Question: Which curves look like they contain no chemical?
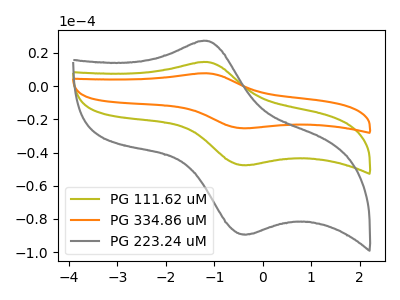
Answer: <think>The olive curve "PG 111.62 uM" has an anodic peak at (-1.15V, 14.55uA) and a cathodic peak at (-0.30V, -47.55uA). The orange curve "PG 334.86 uM" has an anodic peak at (-1.15V, 29.05uA) and a cathodic peak at (-0.30V, -95.10uA). The gray curve "PG 223.24 uM" has an anodic peak at (-1.15V, 27.25uA) and a cathodic peak at (-0.30V, -89.25uA).</think>
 <answer>There are not any CV's on this graph that are likely to be blanks.</answer>
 <eval>none</eval>